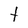
Character: t